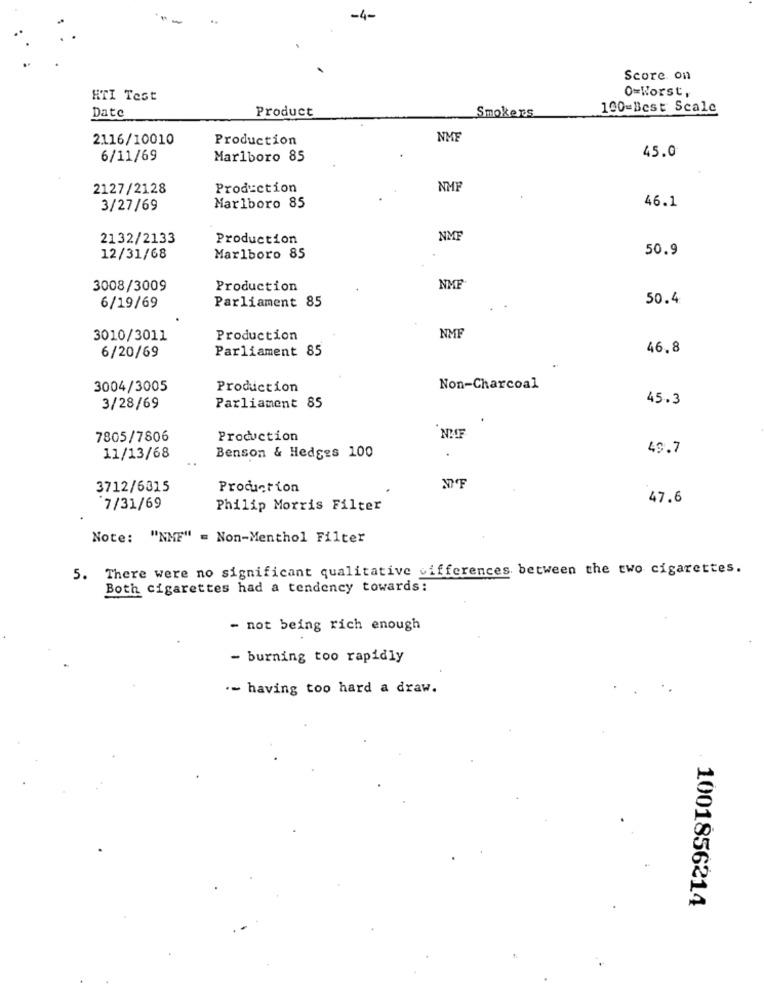
Score on
0=Worst,
HTI Test
Date
Product
100=Best Scale
Smokers
2116/10010
Production
NME
6/11/69
Marlboro 85
45.0
2127/2128
Production
NMP
46.1
3/27/69
Marlboro 85
2132/2133
Production
NME
50.9
12/31/68
Marlboro 85
3008/3009
Production
NMF
Parliament 85
50.4
6/19/69
NMF
3010/3011
Production
Parliament 85
46.8
6/20/69
3004/3005
Production
Non-Charcoal
45.3
3/28/69
Parliament 85
7805/7806
Production
49.7
11/13/68
Benson & Hedges 100
3712/6315
Production
47.6
7/31/69
Philip Morris Filter
Note: "NMF" = Non-Menthol Filter
5. There were no significant qualitative differences between the two cigarettes.
Both cigarettes had a tendency towards:
- not being rich enough
- burning too rapidly
.- having too hard a draw.
1001856214